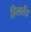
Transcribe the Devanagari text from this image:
हिललैंड